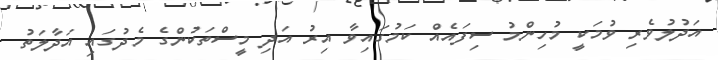
އަދުލުވެރި ވުމަކީ މުހިންމު ސިފައެއް ކަމުގައިވާ އިރު އަދި މީސްތަކުންގެ މެދުގައި އަދާލަތު